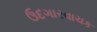
ઉદગારવાચક